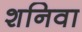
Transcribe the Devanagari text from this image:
शनिवा